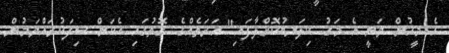
އެ މީހުން ވަނީ އެ މަގު ކިލަނބުކޮށްލާފައި" އަރަތެއްގެ ގޮތުގައި އެކަން ސިފަކުރައްވަމުން